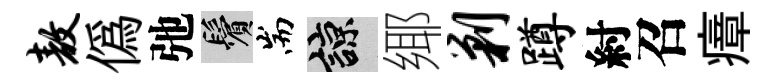
敖偽弛鬢耑諒鄊剿蹲紂召瘴